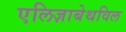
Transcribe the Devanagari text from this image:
एलिज़ाबेथविल